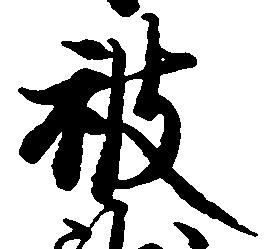
被